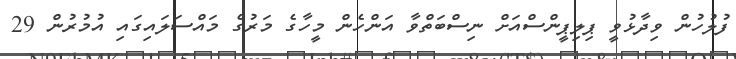
ފުލުުހުން ވިދާޅުވީ ޕިލިޕީންސްއަށް ނިސްބަތްވާ އަންހެން މީހާގެ މަރުގެ މައްސަލައިގައި އުމުރުން 29